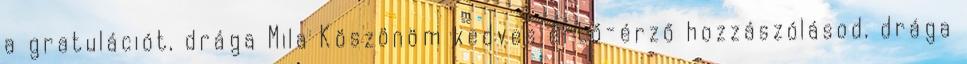
a gratulációt, drága Mila Köszönöm kedves értő-érző hozzászólásod, drága